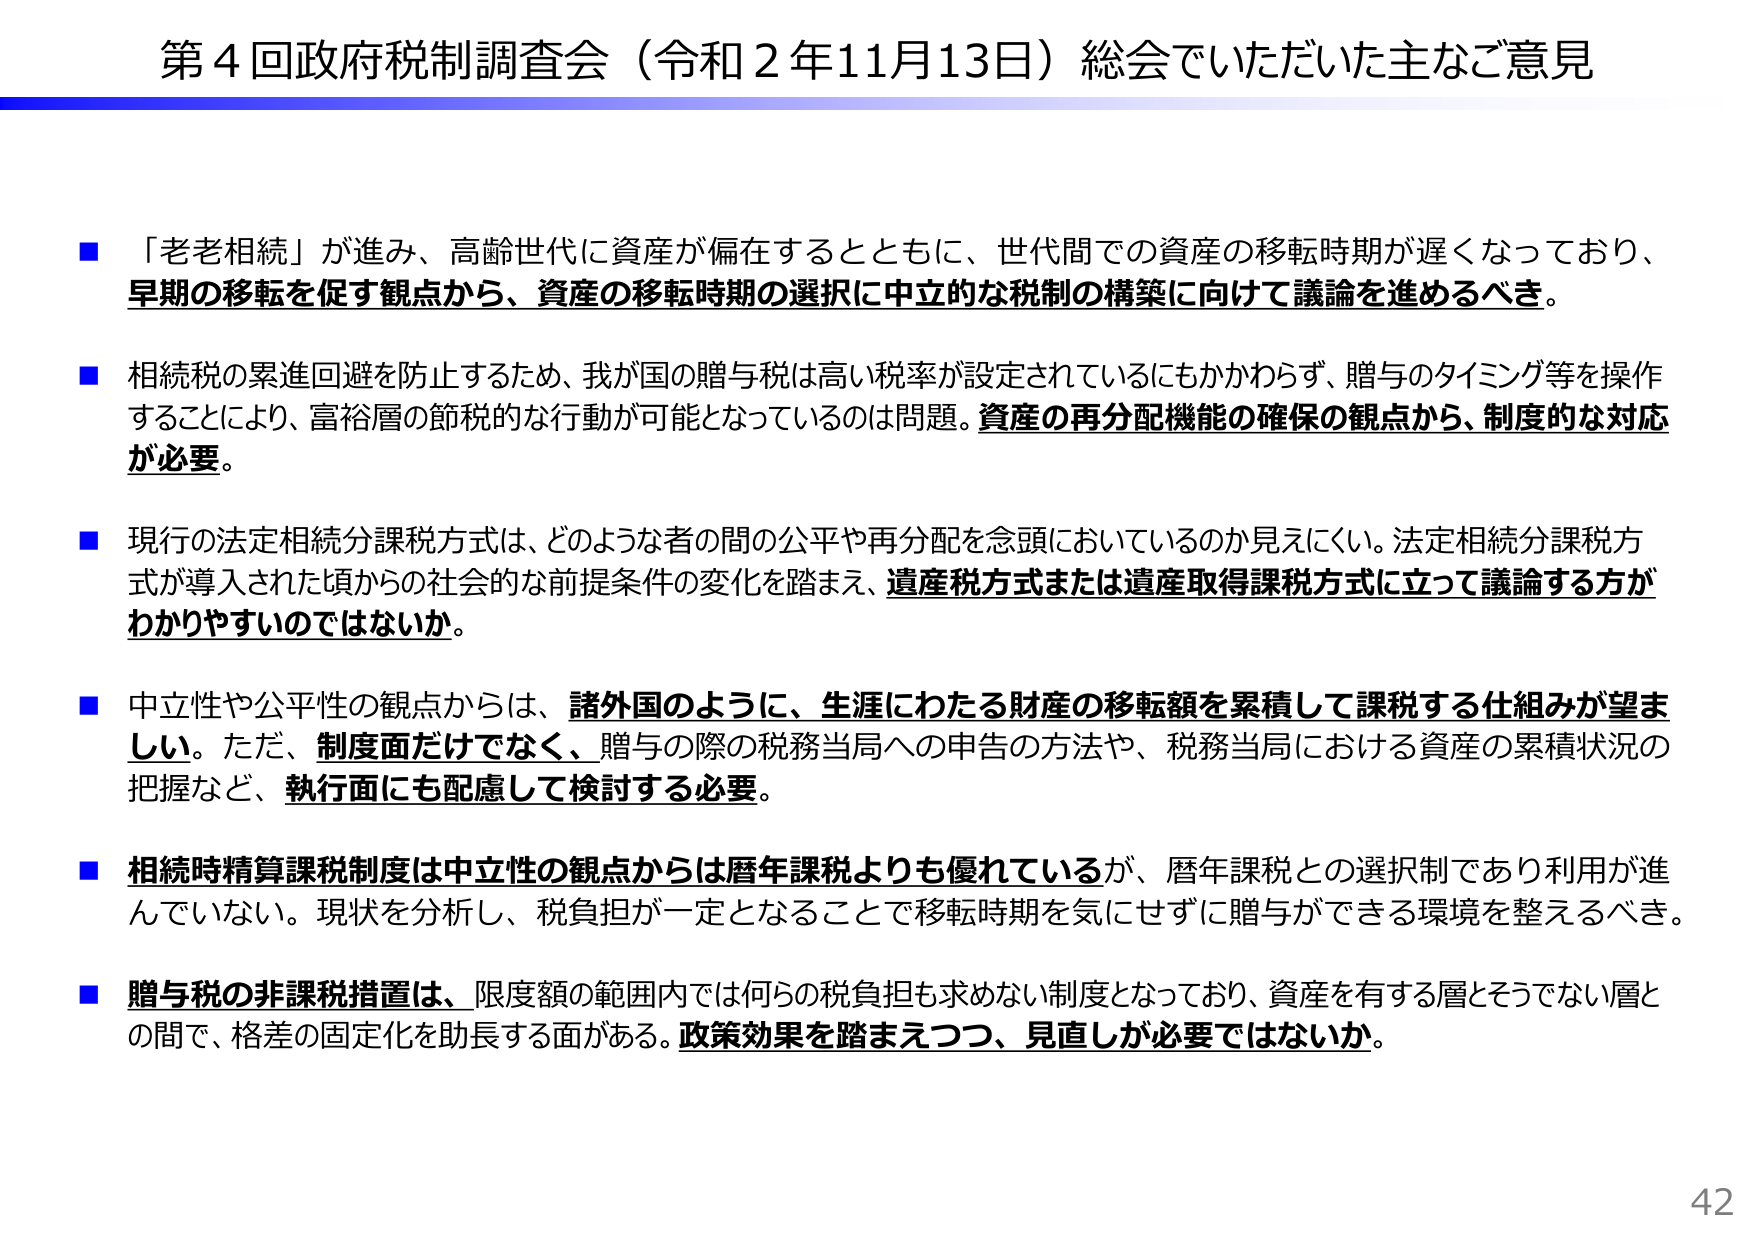
第4回政府税制調査会（令和2年11月13日）総会でいただいた主なご意見

■「老老相続」が進み、高齢世代に資産が偏在するとともに、世代間での資産の移転時期が遅くなっており、早期の移転を促す観点から、資産の移転時期の選択に中立的な税制の構築に向けて議論を進めるべき。

■相続税の累進回避を防止するため、我が国の贈与税は高い税率が設定されているにもかかわらず、贈与のタイミング等を操作することにより、富裕層の節税的な行動が可能となっているのは問題。資産の再分配機能の確保の観点から、制度的な対応が必要。

■現行の法定相続分課税方式は、どのような者の間の公平や再分配を念頭においているのか見えにくい。法定相続分課税方式が導入された頃からの社会的な前提条件の変化を踏まえ、遺産税方式または遺産取得課税方式に立って議論する方がわかりやすいのではないか。

■中立性や公平性の観点からは、諸外国のように、生涯にわたる財産の移転額を累積して課税する仕組みが望ましい。ただ、制度面だけでなく、贈与の際の税務当局への申告の方法や、税務当局における資産の累積状況の把握など、執行面にも配慮して検討する必要。

■相続時精算課税制度は中立性の観点からは暦年課税よりも優れているが、暦年課税との選択制であり利用が進んでいない。現状を分析し、税負担が一定となることで移転時期を気にせずに贈与ができる環境を整えるべき。

■贈与税の非課税措置は、限度額の範囲内では何らの税負担も求めない制度となっており、資産を有する層とそうでない層との間で、格差の固定化を助長する面がある。政策効果を踏まえつつ、見直しが必要ではないか。

42